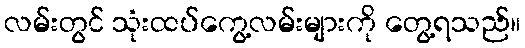
လမ်းတွင် သုံးထပ်ကွေ့လမ်းများကို တွေ့ရသည်။